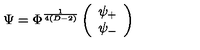
\Psi = \Phi ^ { \frac { 1 } { 4 ( D - 2 ) } } \left( \begin{array} { c } { \psi _ { + } } \\ { \psi _ { - } } \\ \end{array} \right)